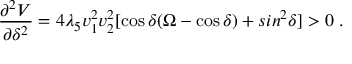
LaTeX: \frac { \partial ^ { 2 } V } { \partial \delta ^ { 2 } } = 4 \lambda _ { 5 } v _ { 1 } ^ { 2 } v _ { 2 } ^ { 2 } \lbrack \cos \delta ( \Omega - \cos \delta ) + s i n ^ { 2 } \delta \rbrack > 0 \; .